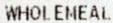
WHOLEMEAL